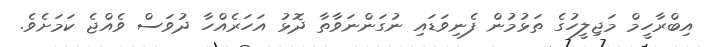
އިބްރާހީމް މަޖިލީހުގެ ތަޅުމުން ފެނިވަޑައި ނުގަންނަވާތާ ދޮޅު އަހަރެއްހާ ދުވަސް ވެއްޖެ ކަމަށެވެ.